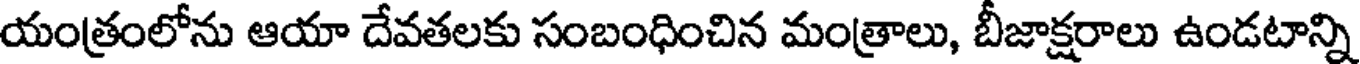
యంత్రంలోను ఆయా దేవతలకు సంబంధించిన మంత్రాలు, బీజాక్షరాలు ఉండటాన్ని